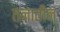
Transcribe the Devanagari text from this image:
तनातीन